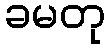
ခမတု